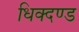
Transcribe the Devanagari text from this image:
धिक्दण्ड